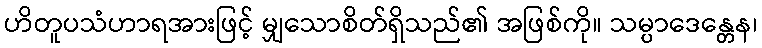
ဟိတူပသံဟာရအားဖြင့် မျှသောစိတ်ရှိသည်၏ အဖြစ်ကို။ သမ္ပာဒေန္တေန၊